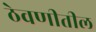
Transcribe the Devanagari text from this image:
ठेवणीतील